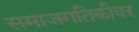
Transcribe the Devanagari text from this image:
समाजगतिकीवर